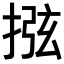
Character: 𢮂